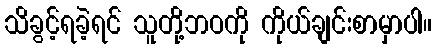
သိခွင့်ရခဲ့ရင် သူတို့ဘဝကို ကိုယ်ချင်းစာမှာပါ။